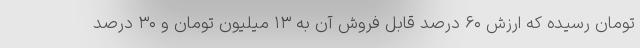
تومان رسیده که ارزش ۶۰ درصد قابل فروش آن به ۱۳ میلیون تومان و ۳۰ درصد